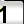
Digit: 1